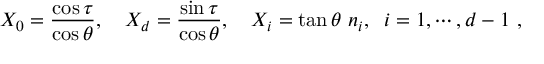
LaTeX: X _ { 0 } = { \frac { \cos \tau } { \cos \theta } } , \quad X _ { d } = { \frac { \sin \tau } { \cos \theta } } , \quad X _ { i } = \tan \theta \, \, n _ { i } , \; \; i = 1 , \cdots , d - 1 \ ,